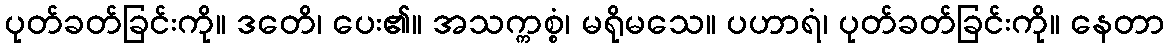
ပုတ်ခတ်ခြင်းကို။ ဒတေိ၊ ပေး၏။ အသက္ကစ္စံ၊ မရိုမသေ။ ပဟာရံ၊ ပုတ်ခတ်ခြင်းကို။ နေတာ